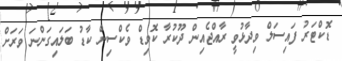
ޑޮކްޓަރު ފައިސަލް ވިދާޅުވީ ރާއްޖެއިން ދޫކުރާ ކޮވިޑް ވެކްސިން ކާޑު ބަލައިގަންނަ ވަރަށް